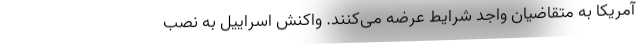
آمریکا به متقاضیان واجد شرایط عرضه می‌کنند. واکنش اسراییل به نصب